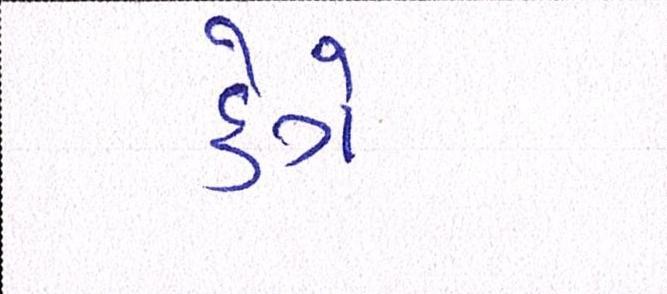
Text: કેગે